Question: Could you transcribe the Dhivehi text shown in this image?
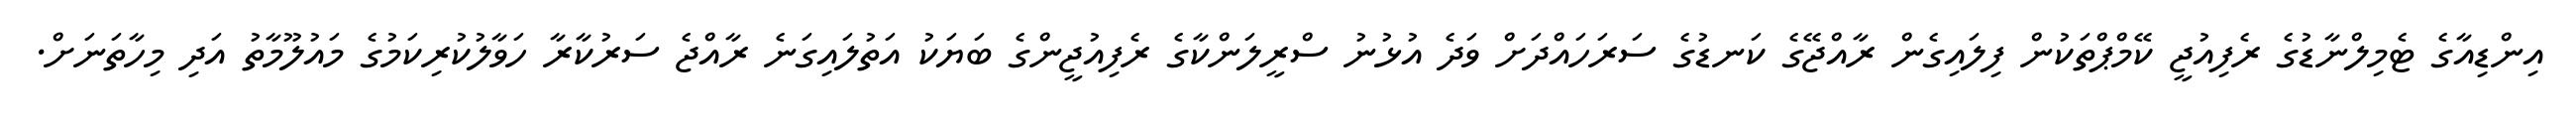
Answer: އިންޑިއާގެ ޓެމިލްނާޑުގެ ރެފިއުޖީ ކޭމްޕްތަކުން ފިލައިގެން ރާއްޖޭގެ ކަނޑުގެ ސަރަހައްދަށް ވަދެ އުޅުނު ސްރީލަންކާގެ ރެފިއުޖީންގެ ބަޔަކު އަތުލައިގަނެ ރާއްޖެ ސަރުކާރާ ހަވާލުކުރިކަމުގެ މައުލޫމާތު އަދި މިހާތަނަށް.